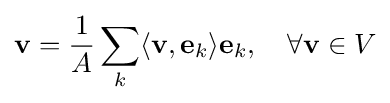
\mathbf {v} ={\frac {1}{A}}\sum _{k}\langle \mathbf {v} ,\mathbf {e} _{k}\rangle \mathbf {e} _{k},\quad \forall \mathbf {v} \in V